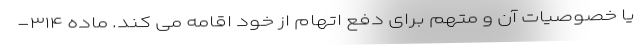
یا خصوصیات آن و متهم برای دفع اتهام از خود اقامه می کند. ماده ۳۱۴-